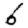
Digit: 6